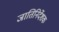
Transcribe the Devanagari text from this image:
जातिनिर्देशक